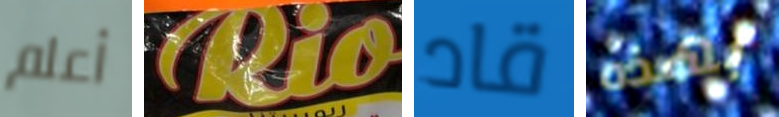
أعلم Rio قاد بهذه